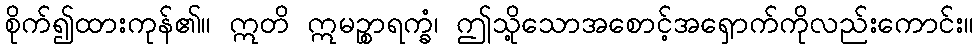
စိုက်၍ထားကုန်၏။ ဣတိ ဣမဉ္စာရက္ခံ၊ ဤသို့သောအစောင့်အရှောက်ကိုလည်းကောင်း။